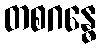
တစဂန္ဓေ